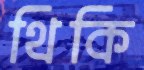
থিকি